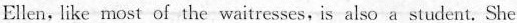
Ellen. like most of the waitresses, is also a student. She